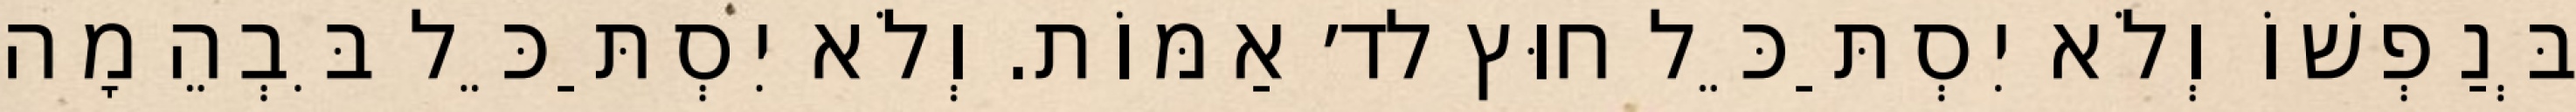
בְּנַפְשׁוֹ וְלֹא יִסְתַּכֵּל חוּץ לד׳ אַמּוֹת. וְלֹא יִסְתַּכֵּל בִּבְהֵמָה